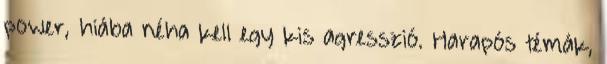
power, hiába néha kell egy kis agresszió. Harapós témák,